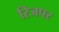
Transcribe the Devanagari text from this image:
रिजपर